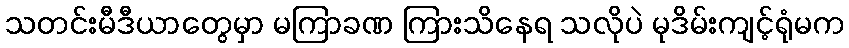
သတင်းမီဒီယာတွေမှာ မကြာခဏ ကြားသိနေရ သလိုပဲ မုဒိမ်းကျင့်ရုံမက